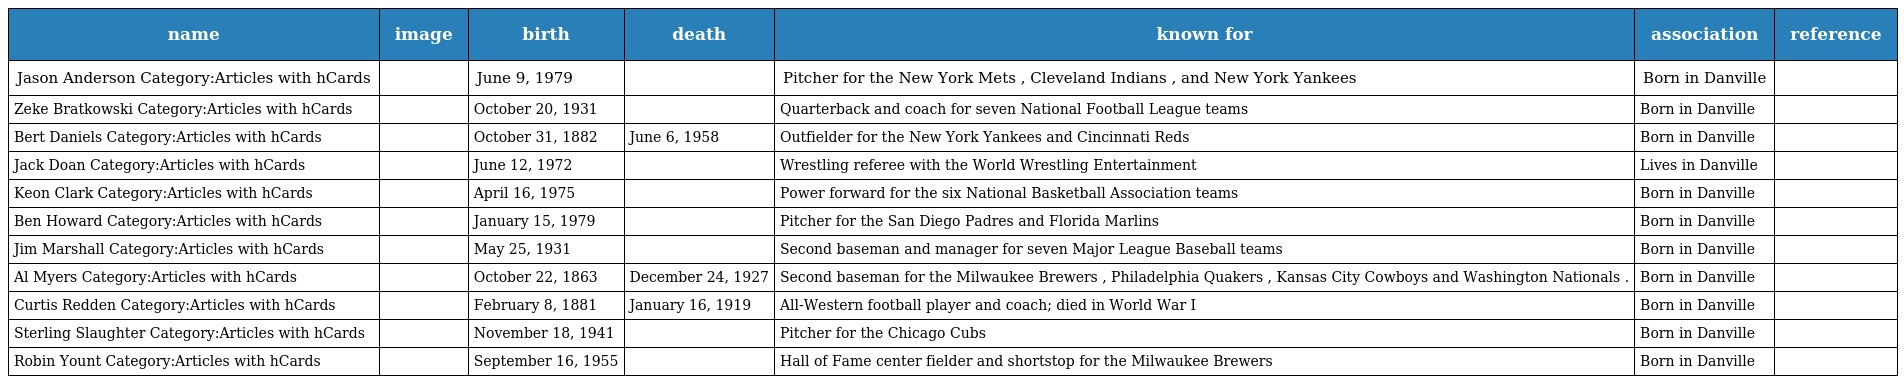
| name | image | birth | death | known for | association | reference |
 | --- | --- | --- | --- | --- | --- | --- |
 | Jason Anderson Category:Articles with hCards |  | June 9, 1979 |  | Pitcher for the New York Mets , Cleveland Indians , and New York Yankees | Born in Danville |  |
 | Zeke Bratkowski Category:Articles with hCards |  | October 20, 1931 |  | Quarterback and coach for seven National Football League teams | Born in Danville |  |
 | Bert Daniels Category:Articles with hCards |  | October 31, 1882 | June 6, 1958 | Outfielder for the New York Yankees and Cincinnati Reds | Born in Danville |  |
 | Jack Doan Category:Articles with hCards |  | June 12, 1972 |  | Wrestling referee with the World Wrestling Entertainment | Lives in Danville |  |
 | Keon Clark Category:Articles with hCards |  | April 16, 1975 |  | Power forward for the six National Basketball Association teams | Born in Danville |  |
 | Ben Howard Category:Articles with hCards |  | January 15, 1979 |  | Pitcher for the San Diego Padres and Florida Marlins | Born in Danville |  |
 | Jim Marshall Category:Articles with hCards |  | May 25, 1931 |  | Second baseman and manager for seven Major League Baseball teams | Born in Danville |  |
 | Al Myers Category:Articles with hCards |  | October 22, 1863 | December 24, 1927 | Second baseman for the Milwaukee Brewers , Philadelphia Quakers , Kansas City Cowboys and Washington Nationals . | Born in Danville |  |
 | Curtis Redden Category:Articles with hCards |  | February 8, 1881 | January 16, 1919 | All-Western football player and coach; died in World War I | Born in Danville |  |
 | Sterling Slaughter Category:Articles with hCards |  | November 18, 1941 |  | Pitcher for the Chicago Cubs | Born in Danville |  |
 | Robin Yount Category:Articles with hCards |  | September 16, 1955 |  | Hall of Fame center fielder and shortstop for the Milwaukee Brewers | Born in Danville |  |